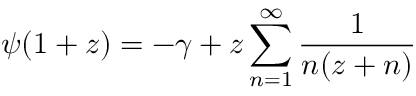
\psi ( 1 + z ) = - \gamma + z \sum _ { n = 1 } ^ { \infty } \frac { 1 } { n ( z + n ) }